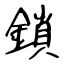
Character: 鎖